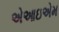
એઆઇએમ